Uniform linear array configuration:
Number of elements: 12
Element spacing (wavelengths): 0.25
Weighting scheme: hamming
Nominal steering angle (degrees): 0
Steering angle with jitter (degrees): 1.561
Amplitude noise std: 0.05
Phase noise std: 0.05

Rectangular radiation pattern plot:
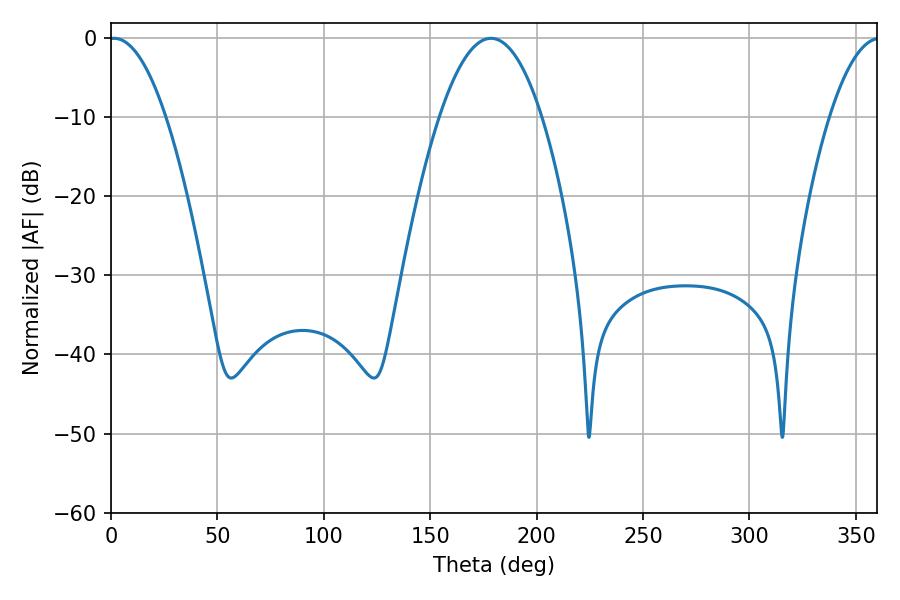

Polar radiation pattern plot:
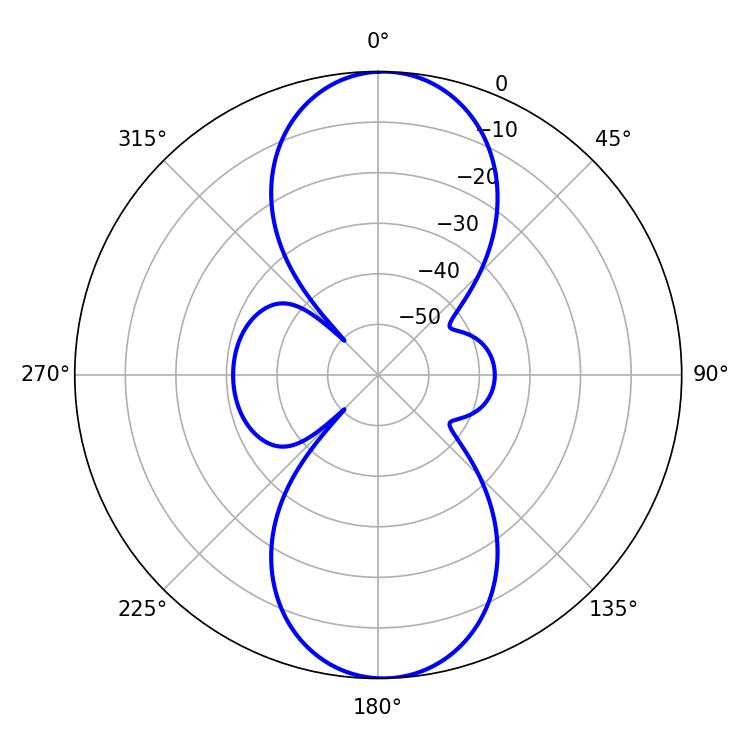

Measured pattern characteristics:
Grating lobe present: FALSE
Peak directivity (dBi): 18.773
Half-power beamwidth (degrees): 14.76
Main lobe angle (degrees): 1.44